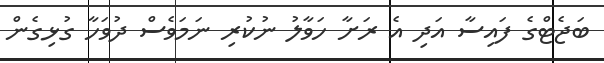
ބަޖެޓްގެ ފައިސާ އަދި އެ ރަށާ ހަވާލު ނުކުރި ނަމަވެސް ދުވަހާ ގުޅިގެން